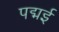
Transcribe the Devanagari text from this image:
पद्मई